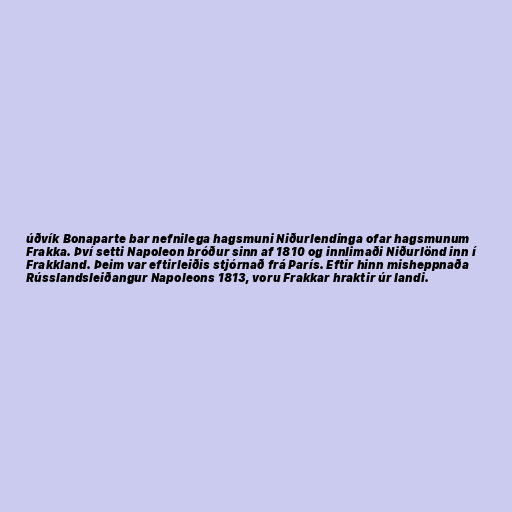
úðvík Bonaparte bar nefnilega hagsmuni Niðurlendinga ofar hagsmunum
Frakka. Því setti Napoleon bróður sinn af 1810 og innlimaði Niðurlönd inn í
Frakkland. Þeim var eftirleiðis stjórnað frá París. Eftir hinn misheppnaða
Rússlandsleiðangur Napoleons 1813, voru Frakkar hraktir úr landi.